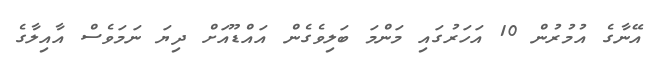
އޭނާގެ އުމުރުން 10 އަހަރުގައި މަންމަ ބަލިވެގެން އައްޑޫއަށް ދިޔަ ނަމަވެސް އާއިލާގެ